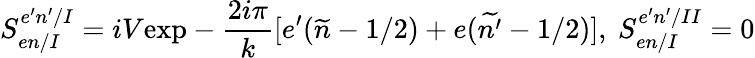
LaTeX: S_{en/I}^{e^{\prime}n^{\prime}/I}=iV\mathrm{exp}-\frac{2i\pi}{k}[e^{\prime}(\widetilde{n}-1/2)+e(\widetilde{n^{\prime}}-1/2)],\ S_{en/I}^{e^{\prime}n^{\prime}/II}=0